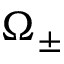
\Omega _ { \pm }